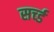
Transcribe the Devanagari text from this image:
सर्च्ड